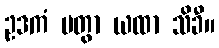
ဥဒကံ ပတွာ ယထာ သိခီ။